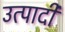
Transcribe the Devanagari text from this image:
उत्पादी